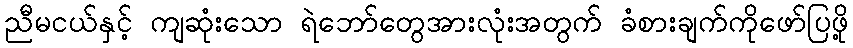
ညီမငယ်နှင့် ကျဆုံးသော ရဲဘော်တွေအားလုံးအတွက် ခံစားချက်ကိုဖော်ပြဖို့